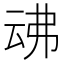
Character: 𠄴